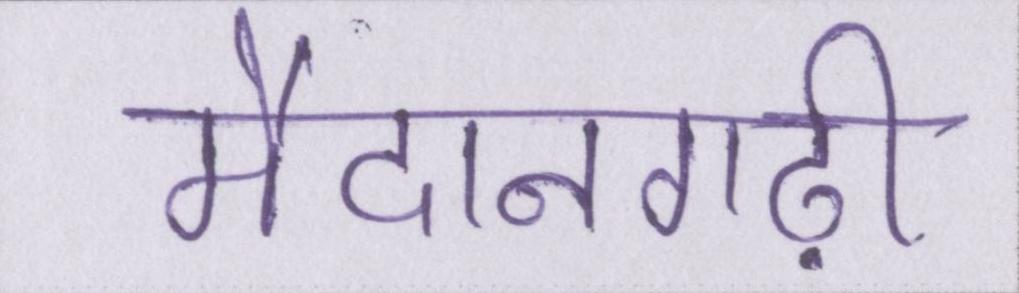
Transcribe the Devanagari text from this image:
मैदानगढ़ी